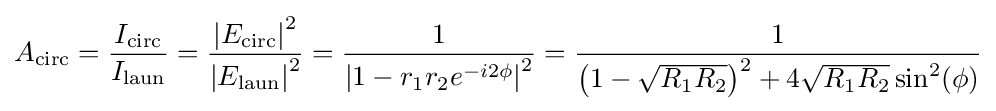
A_{\rm {circ}}={\frac {I_{\rm {circ}}}{I_{\rm {laun}}}}={\frac {\left|E_{\rm {circ}}\right|^{2}}{\left|E_{\rm {laun}}\right|^{2}}}={\frac {1}{\left|1-r_{1}r_{2}e^{-i2\phi }\right|^{2}}}={\frac {1}{\left({1-{\sqrt {R_{1}R_{2}}}}\right)^{2}+4{\sqrt {R_{1}R_{2}}}\sin ^{2}(\phi )}}